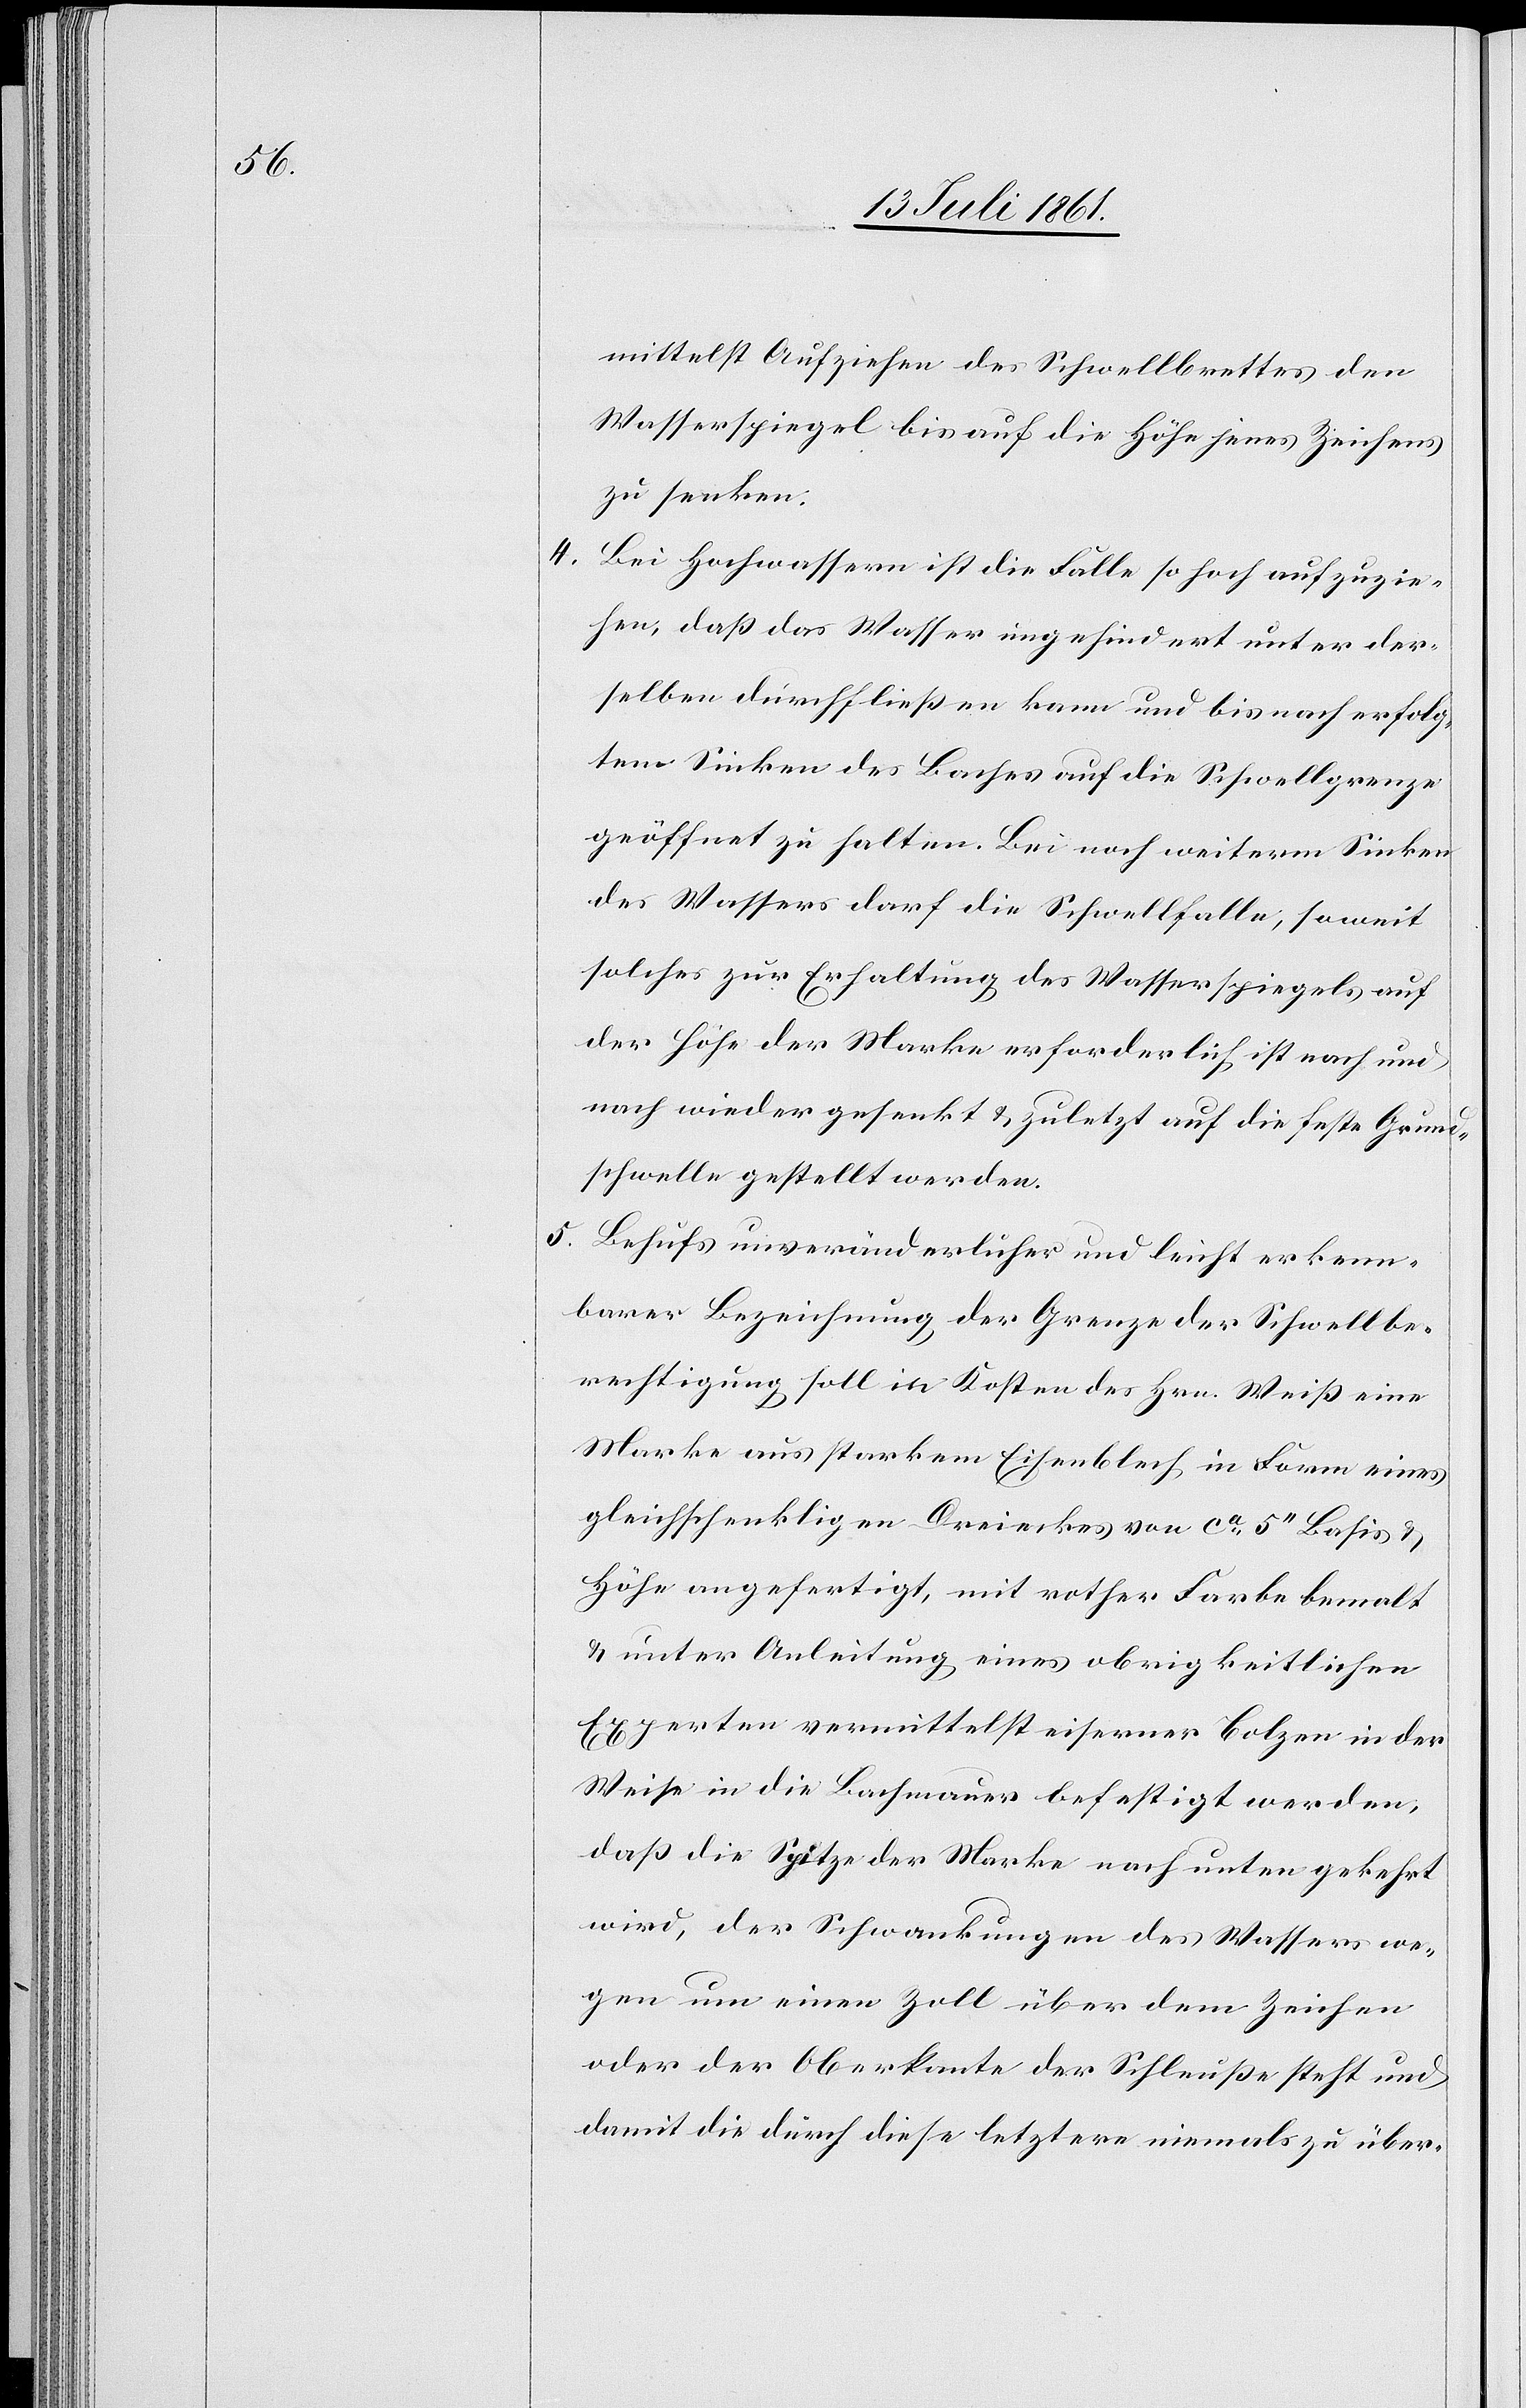
4.

mittelst Aufziehen des Schwellbrettes den
Wasserspiegel bis auf die Höhe jenes Zeichens
zu senken.
Bei Hochwassern ist die Falle so hoch aufzuzie¬
hen, daß das Wasser ungehindert unter der¬
selben durchfließen kann und bis nach erfolg¬
tem Sinken des Baches auf die Schwellgrenze
geöffnet zu halten. Bei noch weiterm Sinken
des Wassers darf die Schwellfalle, soweit
solches zur Erhaltung des Wasserspiegels auf
der Höhe der Marke erforderlich ist nach und
nach wieder gesenkt u. zuletzt auf die feste Grund¬
schwelle gestellt werden.
5. Behufs unveränderlicher und leicht erkenn¬
barer Bezeichnung der Grenze der Schwellbe¬
rechtigung soll in Kosten des Hrn. Weiß eine
Marke aus starkem Eisenblech in Form eines
gleichschenkligen Dreiecks von ca 5“ Basis u.
Höhe angefertigt, mit rother Farbe bemalt
u. unter Anleitung eines obrigkeitlichen
Experten vermittelst eiserner Bolzen in der
Weise in die Bachmauer befestigt werden,
daß die Spitze der Marke nach unten gekehrt
wird, der Schwankungen des Wassers we¬
gen um einen Zoll über dem Zeichen
oder der Oberkante der Schleuße steht und
damit die durch diese letztere niemals zu über-